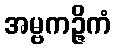
အမ္ဗကဉ္ဇိကံ